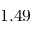
1 . 4 9